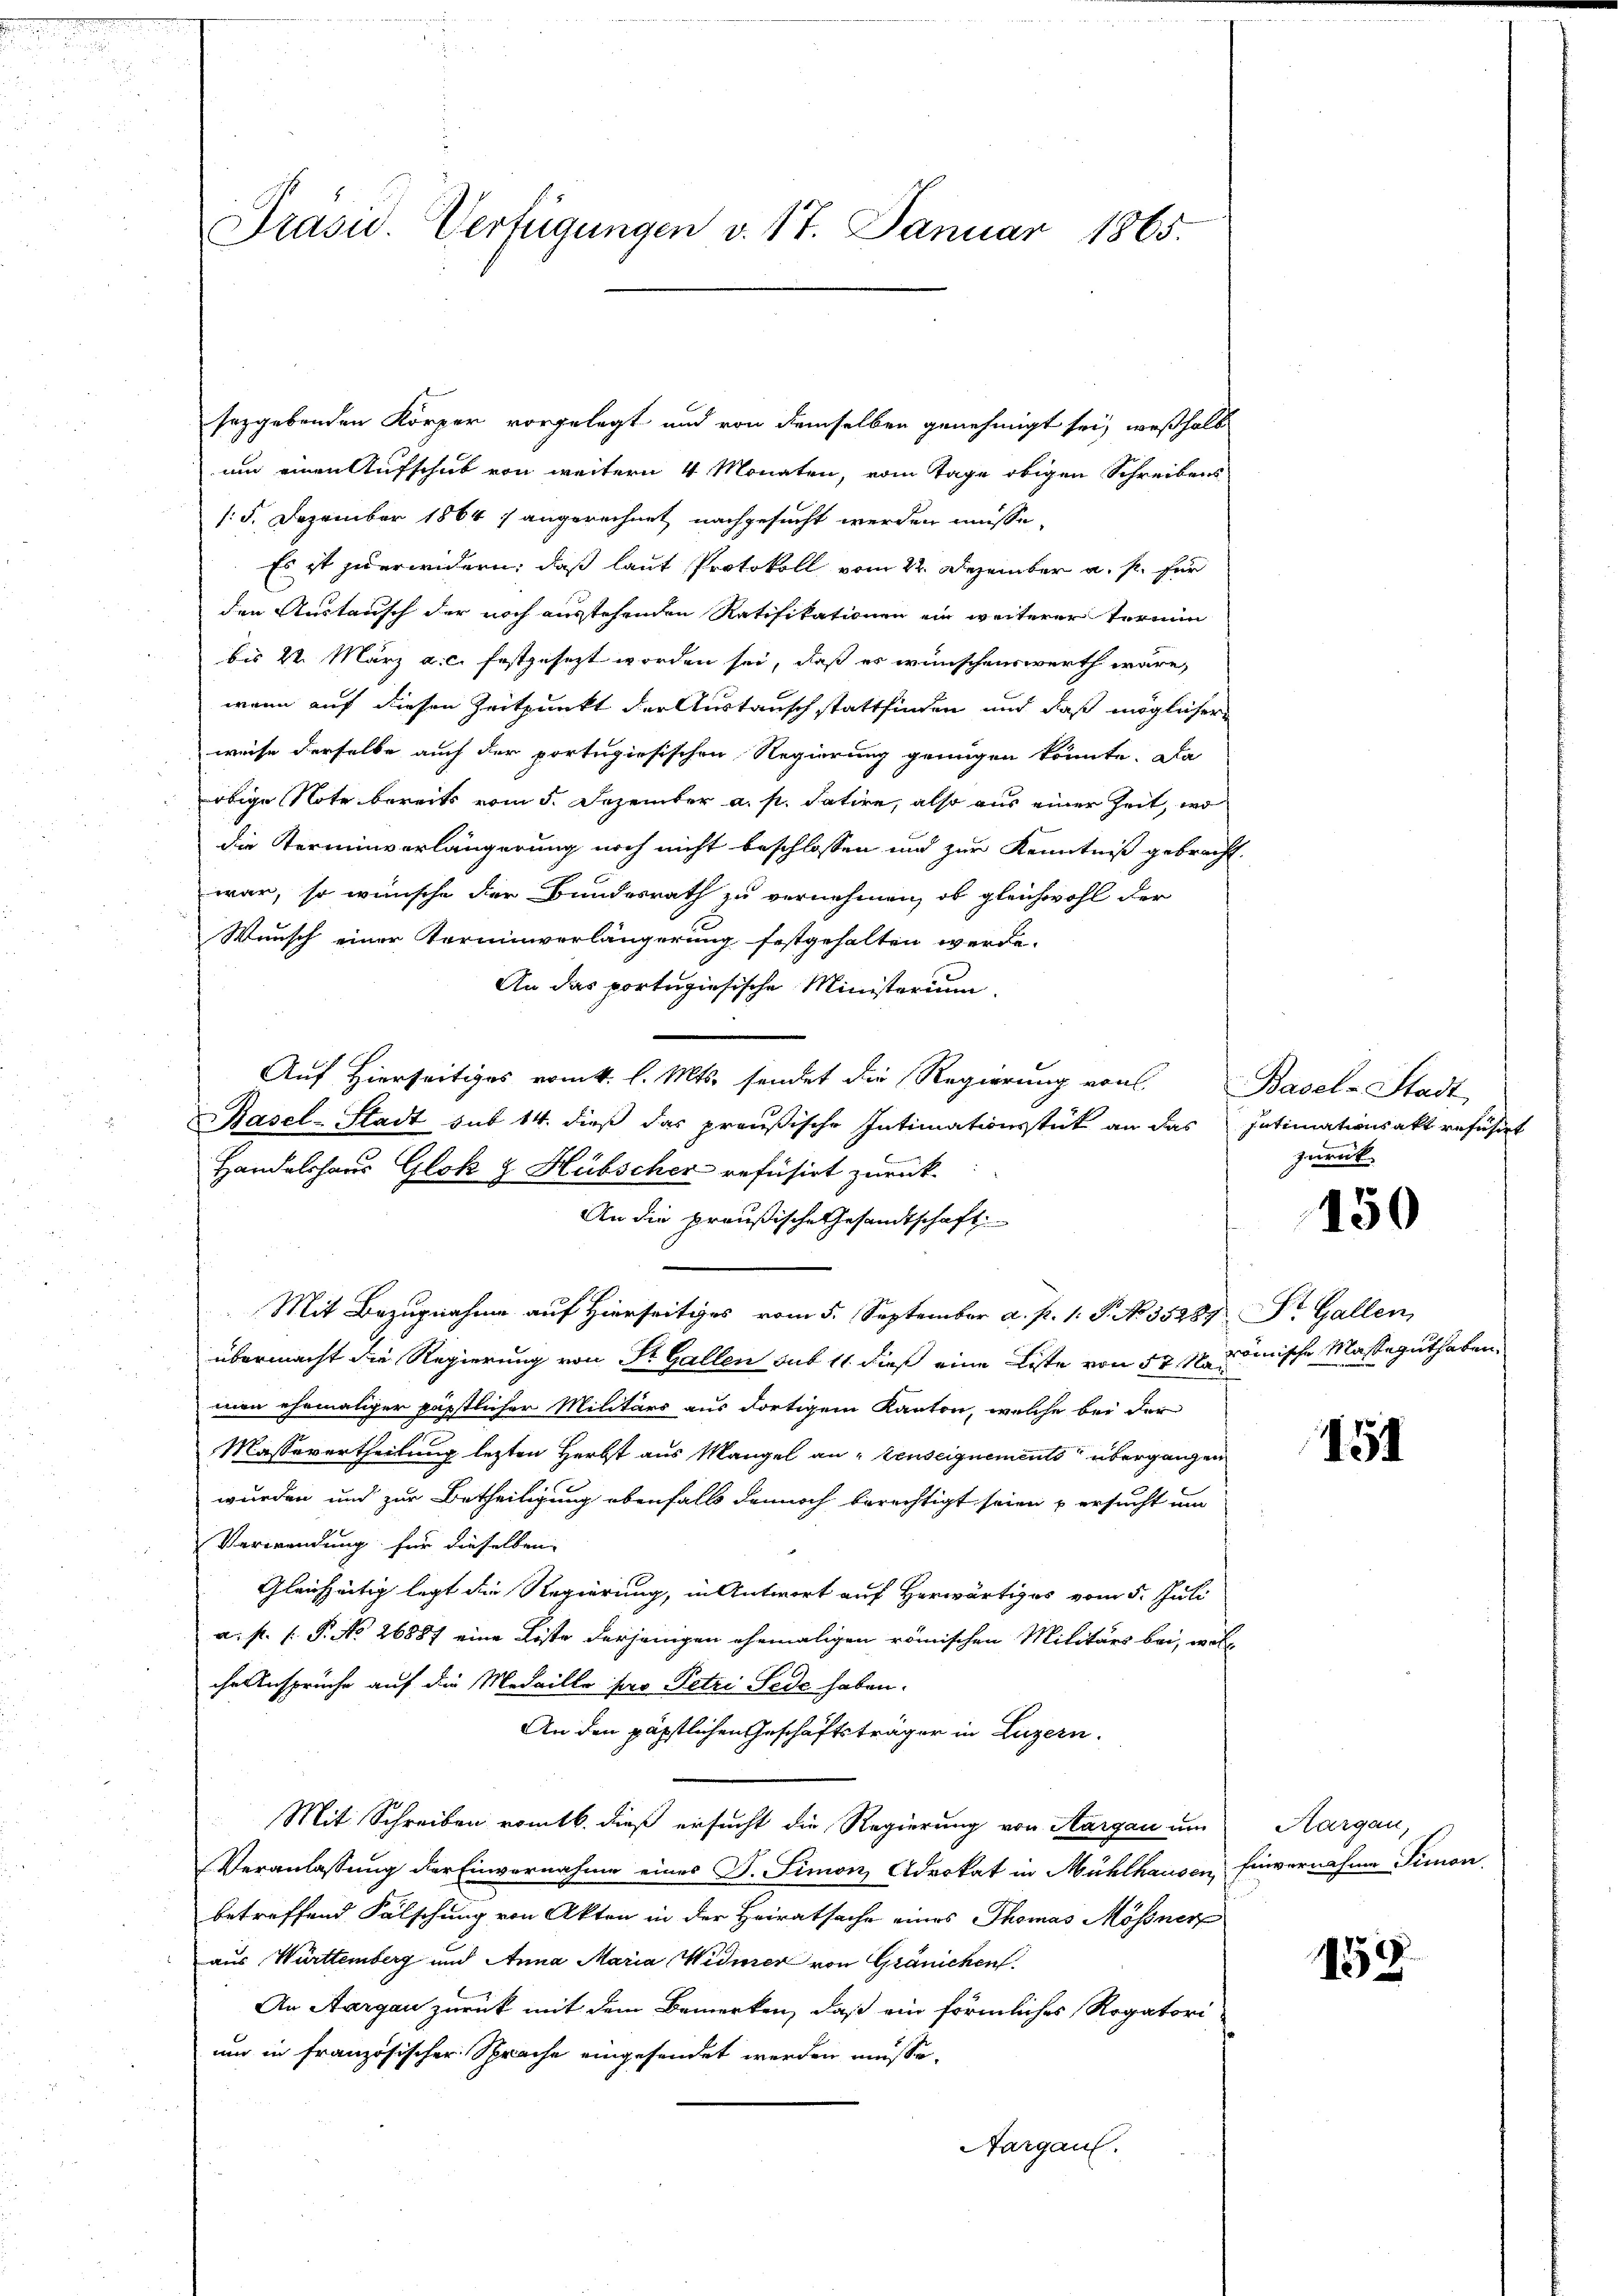
sezgebenden Körper vorgelegt und von demselben genehmigt sei, weßhalb
um einen Aufschub von weitern 4 Monaten, vom Tage obigen Schreibens
/: 5. Dezember 1864 7 angerechnet nachgesucht werden müsse,
Es ist zu erwidern, daß laut Protokoll vom 22. Dezember a. p. für
den Austausch der noch ausstehenden Ratifikationen ein weiterer Termin
bis 22. März a. c. festgesezt worden sei, daß es wünschenswerth wäre,
wenn auf diesen Zeitpunkt der Austausch stattfinden aud daß möglicher
weise derselbe auch der portugisischen Regierung genügen könnte. Da
obige Note bereits vom 5. Dezember a. p. datire, also aus einer Zeit, wo
die Terminverlängerung noch nicht beschlossen und zur Kenntniß gebracht.
war, so wünsche der Bundesrath zu vernehmen, ob gleichwohl der
Wunsch einer Terminverlängerung festgehalten werde.
An das portugisische Ministerium
Auf Hierseitiges vom k. l. Mts. sendet die Regierung von Basel-Stadt
Basel-Stadt sub 14. dieß das preußische Intimationsstück an das Intimationsakt refusirt
Handelshaus Glok & Hübscher refusirt zurück
An die preußische Gesandtschaft
Mit Bezugnahme auf Hierseitiges vom 5. September a. p. 1. P. No. 35287. St. Gallen,
übermacht die Regierung von Sr. Gallen sub 11 dieß eine Liste von 52 M. mische Masseguthaben
man ehemaliger päpstlicher Militärs aus dortigem Kanton, welche bei der
Masserertheilung letzten Herbst aus Mangel an "Penseignements übergangen
wurden und zur Betheiligung ebenfalls dennoch berechtigt seien u ersucht und
Verwendung für dieselben
Gleichzeitig legt die Regierung, in Antwort auf Herwärtiges vom 5. Juli
a. f. 1. P. No 26887 eine Liste derjenigen ehemaligen römischen Militärs bei, woll
che Ansprüche auf die Medaille pro Petri Jede haben.
An den päpstlichen Geschäftsträger in Luzern.
Mit Schreiben romtb. dieß ersucht die Regierung von Aargau um
Veranlassung der Einvernahme eines D. Simon Advokat in Mühlhausen, Einvernahme Simon
betreffend Fälschung von Akten in der Heiratsache eines Thomas Mössner
aus Württemberg und Anna Maria Widmer von Gränichen.
An Aargau zurück mit dem Bemerken, daß ein förmliches Rogatori-
um in französischer Sprache eingesendet werden müsse,
Aargau.

Präsid. Verfügungen v. 17. Januar 1865.

zurück

150

151

Aargau,

159.